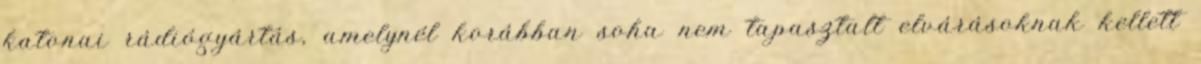
katonai rádiógyártás, amelynél korábban soha nem tapasztalt elvárásoknak kellett